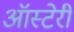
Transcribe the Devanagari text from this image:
ऑस्टेरी